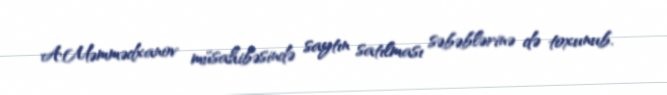
A.Məmmədxanov müsahibəsində saytın satılması səbəblərinə də toxunub.